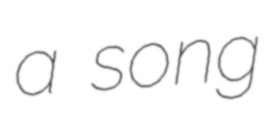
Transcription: a song